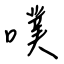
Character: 噗